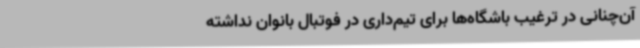
آن‌چنانی در ترغیب باشگاه‌ها برای تیم‌داری در فوتبال بانوان نداشته